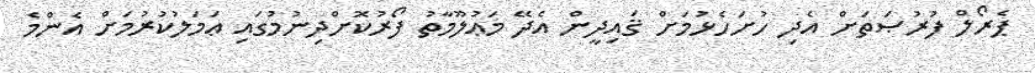
ޕެރޯލް ފުރުޞަތަށް އެދި ހުށަހެޅުމަށް ޤައިދީން އެދޭ މަޢުލޫމާތު ފޯރުކޮށްދިނުމުގައި ޢަމަލުކުރުމަށް އެންމެ